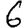
Digit: 6